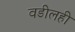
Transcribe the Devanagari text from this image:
वडीलही